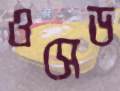
ওসেড